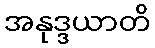
အနုဒ္ဒယာတိ